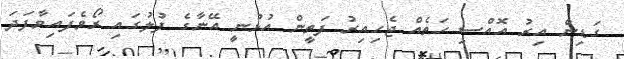
ގަޑިން އިރު އޮއްސި ހަތެއް ޖެހިއިރު ފަތީން އުޅުނީ އޭނާގެ ފުލުގައި ރޯވެފައިވާފަދަ